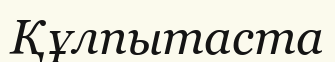
Құлпытаста